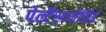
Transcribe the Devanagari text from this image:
पेल्टैंस्पर्मेसिई